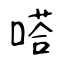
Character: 嗒